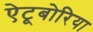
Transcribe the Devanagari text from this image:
ऐटूबोरिया